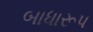
બાધારૂપ